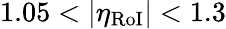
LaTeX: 1.05<|\eta_{\mathrm{RoI}}|<1.3